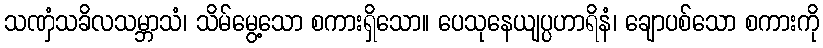
သဏှံသခိလသမ္ဘာသံ၊ သိမ်မွေ့သော စကားရှိသော။ ပေသုနေယျပ္ပဟာရိနံ၊ ချောပစ်သော စကားကို